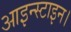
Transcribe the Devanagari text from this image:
आइन्स्टाइन।